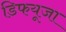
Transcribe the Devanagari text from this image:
डिफयूजा